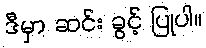
ဒီမှာ ဆင်း ခွင့် ပြုပါ။